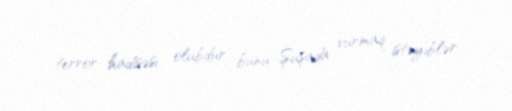
terror hadisəsi olubdur, bunu Şuşada vurmaq istəyiblər.